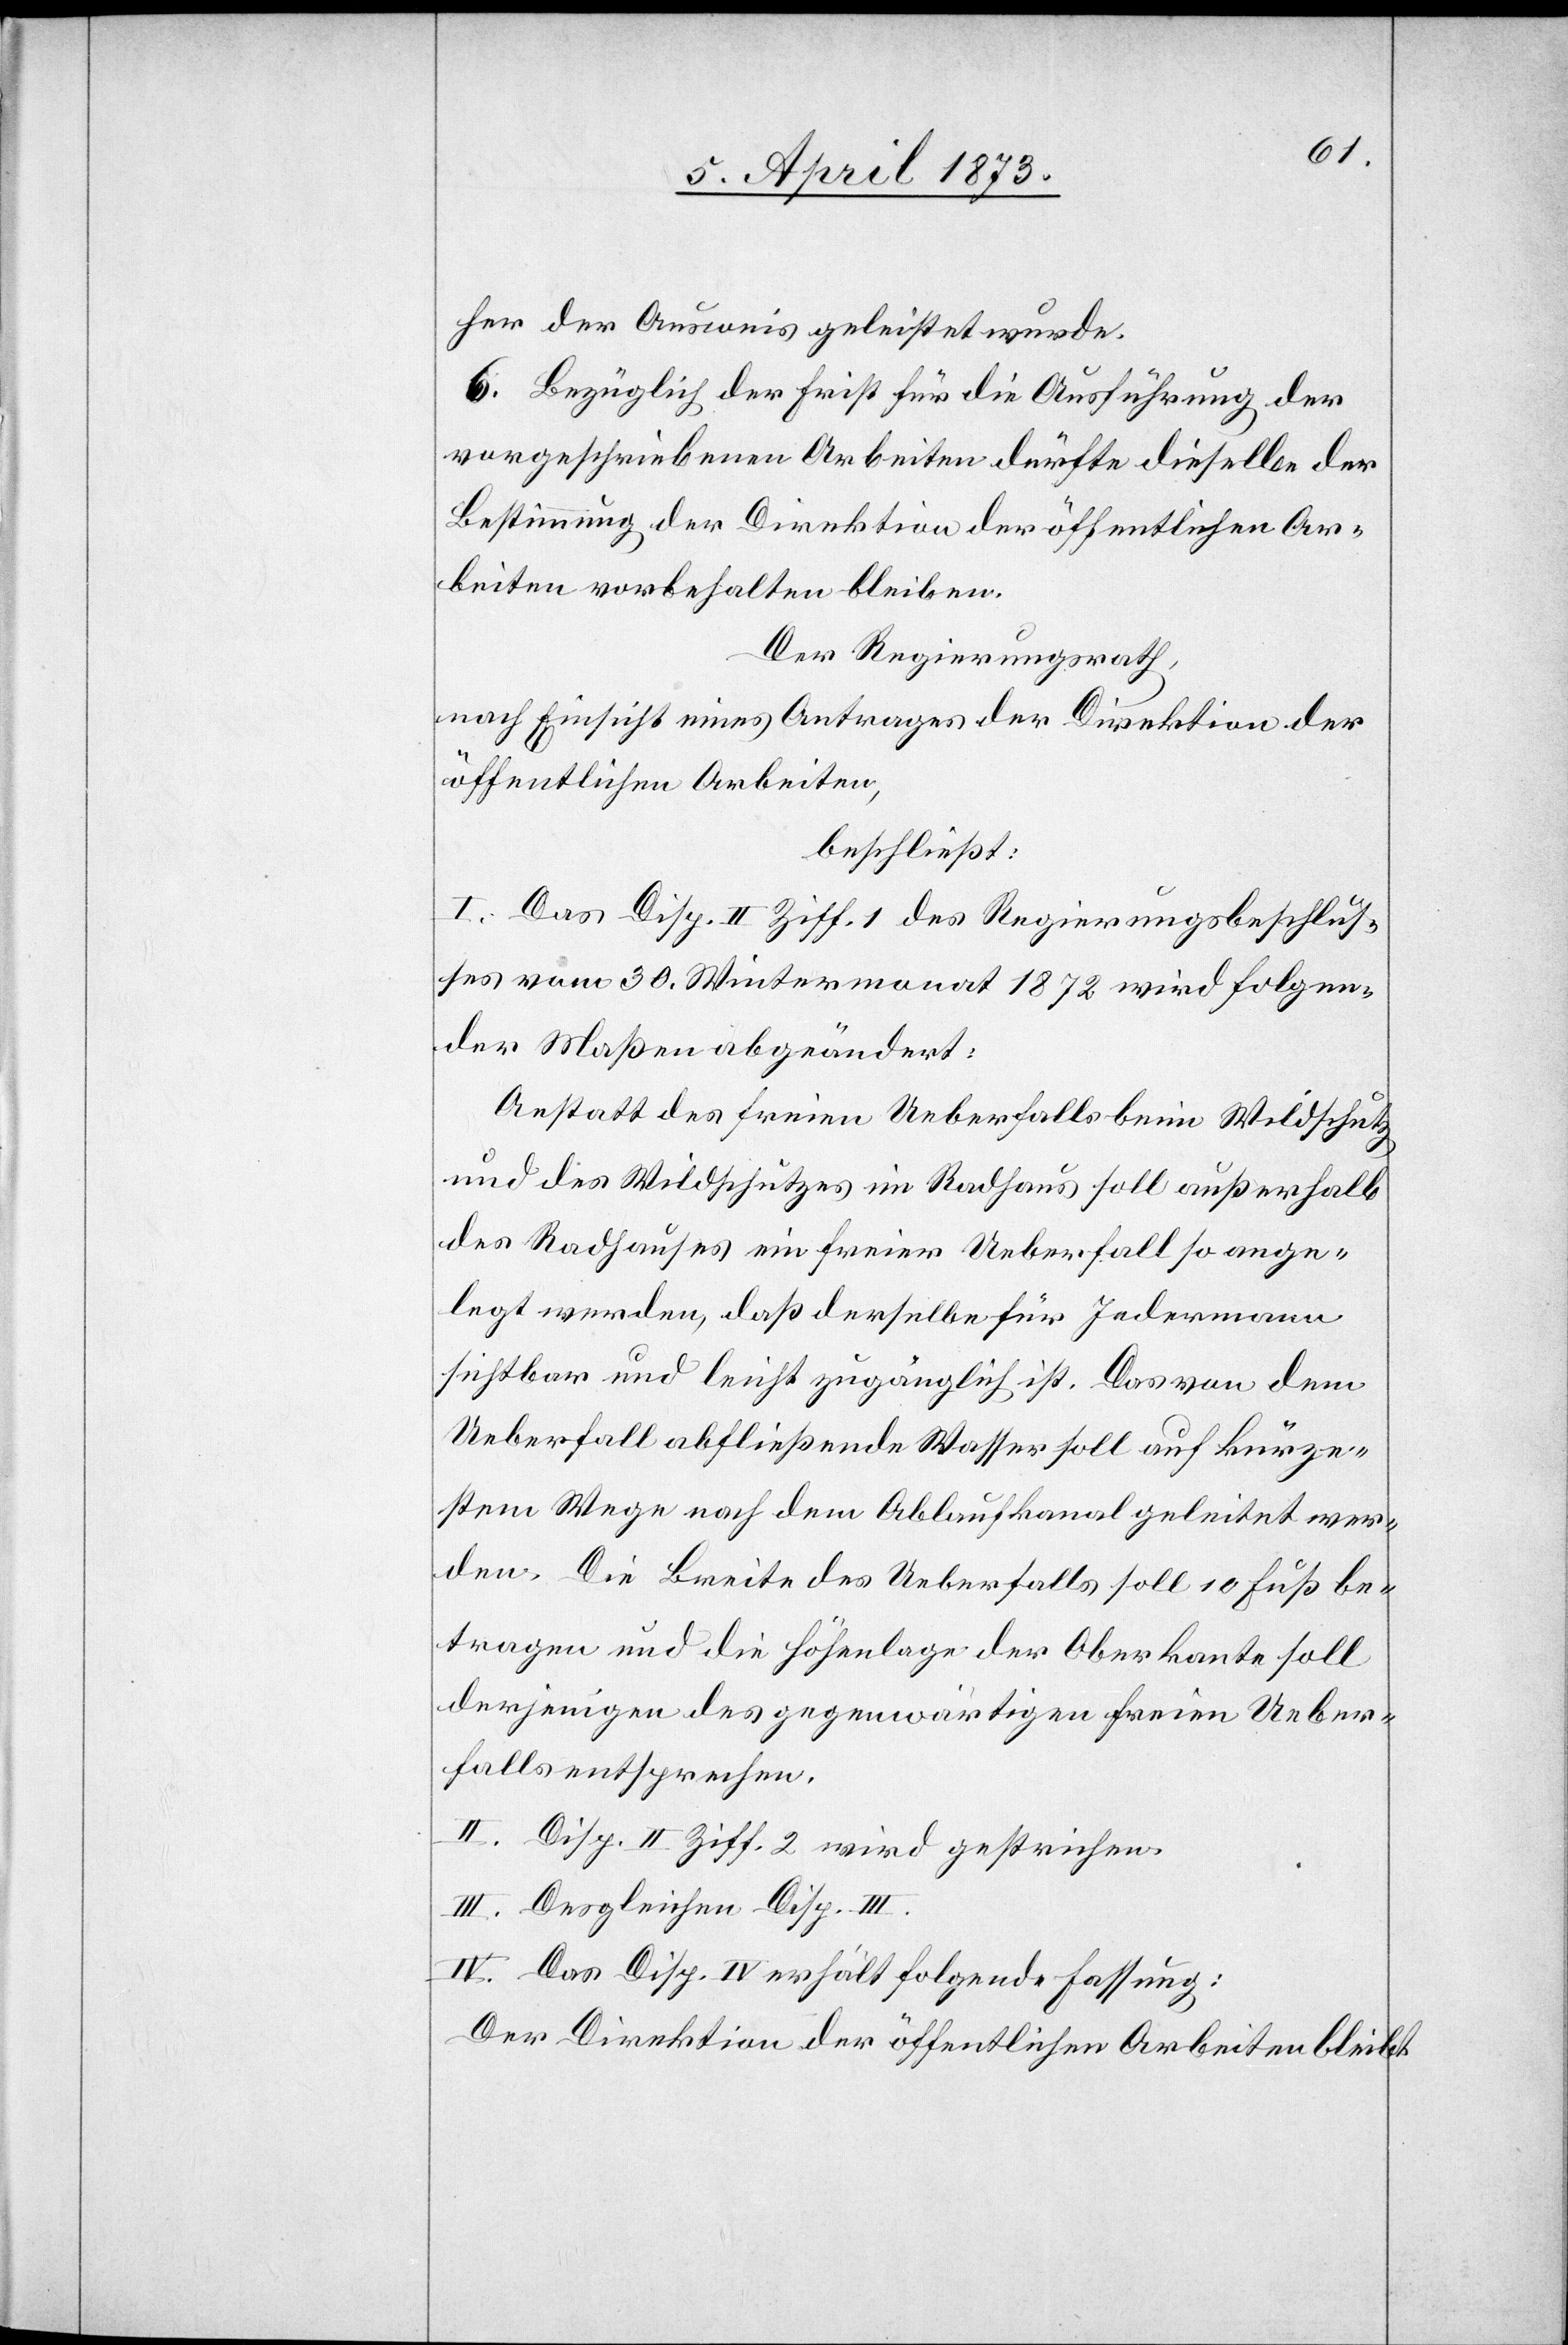
her der Ausweis geleistet wurde.
6. Bezüglich der Frist für die Ausführung der
vorgeschriebenen Arbeiten dürfte dieselbe der
Bestimmung der Direktion der öffentlichen Ar¬
beiten vorbehalten bleiben.
Der Regierungsrath,
nach Einsicht eines Antrages der Direktion der
öffentlichen Arbeiten,
beschließt:
I. Das Disp. II Ziff. 1 des Regierungsbeschlus¬
ses vom 30. Wintermonat 1872 wird folgen¬
der Maßen abgeändert:
Anstatt des freien Ueberfalls beim Wildschutz
und des Wildschutzes im Radhaus soll außerhalb
des Radhauses ein freier Ueberfall so ange¬
legt werden, daß derselbe für Jedermann
sichtbar und leicht zugänglich ist. Das von dem
Ueberfall abfließende Wasser soll auf kürze¬
stem Wege nach dem Ablaufkanal geleitet wer¬
den. Die Breite des Ueberfalls soll 10 Fuß be¬
tragen und die Höhenlage der Oberkante soll
derjenigen des gegenwärtigen freien Ueber¬
falls entsprechen.
II. Disp. II Ziff. 2 wird gestrichen.
III. Desgleichen Disp. III.
IV. Das Disp. IV. erhält folgende Fassung:
Der Direktion der öffentlichen Arbeiten bleibt